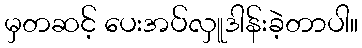
မှတဆင့် ပေးအပ်လှူဒါန်းခဲ့တာပါ။